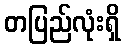
တပြည်လုံးရှိ